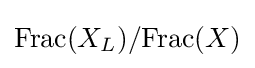
{\text{Frac}}(X_{L})/{\text{Frac}}(X)